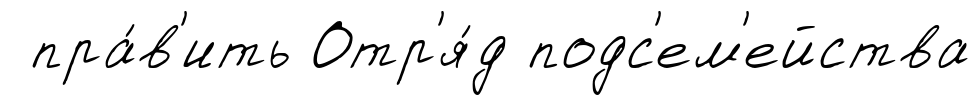
пра́в'ить Отр'я́д подс'ем'ейства